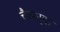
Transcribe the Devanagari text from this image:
चैत्यगृहा